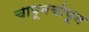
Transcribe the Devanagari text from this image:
चापूनचोपून